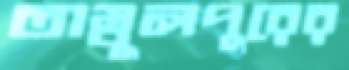
তাম্বুলপুরের